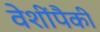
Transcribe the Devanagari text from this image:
वेशींपैकी